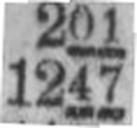
1247